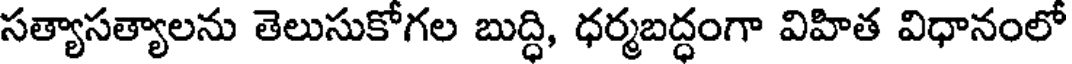
సత్యాసత్యాలను తెలుసుకోగల బుద్ధి, ధర్మబద్ధంగా విహిత విధానంలో